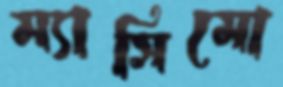
ম্যাসিমো